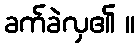
ခက်ခဲလှ၏ ။